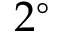
2 ^ { \circ }